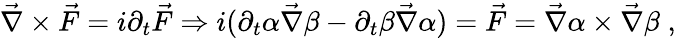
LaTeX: \vec{\nabla}\times\vec{F}=i\partial_{t}\vec{F}\Rightarrow i(\partial_{t}\alpha\vec{\nabla}\beta-\partial_{t}\beta\vec{\nabla}\alpha)=\vec{F}=\vec{\nabla}\alpha\times\vec{\nabla}\beta\; ,